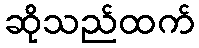
ဆိုသည်ထက်